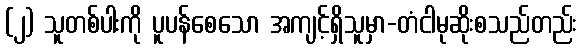
(၂) သူတစ်ပါးကို ပူပန်စေသော အကျင့်ရှိသူမှာ-တံငါမုဆိုးစသည်တည်း